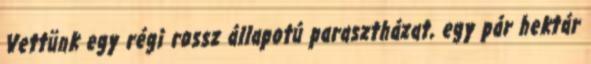
Vettünk egy régi rossz állapotú parasztházat, egy pár hektár